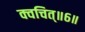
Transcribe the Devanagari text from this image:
क्वचित्॥६॥